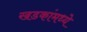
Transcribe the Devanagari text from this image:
खडकांंमध्ये